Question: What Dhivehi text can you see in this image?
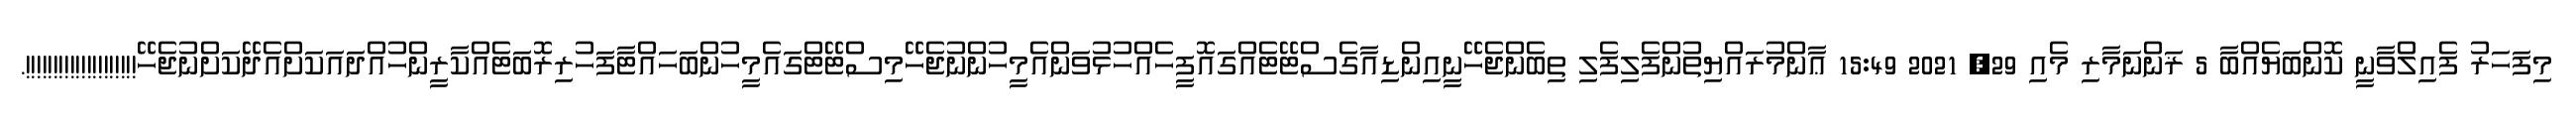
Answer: މިފަހަރު ފެއިލްވާނީ ކޮންބަޔެއްބާ 5 ޜަންނަމާރި މެއި 29, 2021 15:49 ޢާންމުރައްޔިތުންފެލިފެލި ތިބެންޖެހޭނީއިންޑިއާގެސްޓޭޓެއްގައޮފީހެއްހުޅުވަންއެމީހުންނުޖެހޭމިސްޓޭޓްގައެމީހުންބަހައްޓާފަހުރިރޮބަޓެއްކާރީންހުއްދައަކަށްއެދޭކަށްނުޖެހޭ!!!!!!!!!!!!!!!!!!!!.